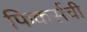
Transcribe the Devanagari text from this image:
फिकर्सची